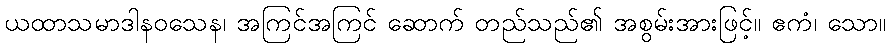
ယထာသမာဒါနဝသေန၊ အကြင်အကြင် ဆောက် တည်သည်၏ အစွမ်းအားဖြင့်။ ဧကံ၊ သော။